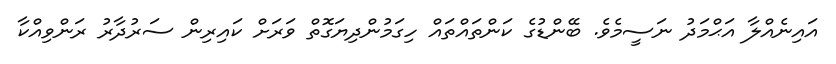
އައިނެއްލާ އަޙްމަދު ނަސީމެވެ. ބޭންޑުގެ ކަންތައްތައް ހިގަމުންދިޔަގޮތް ވަރަށް ކައިރިން ސަރުދާރު ރަންވިއްކާ